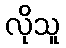
လိုသူ